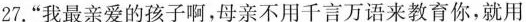
27.”我最亲爱的孩子啊，母亲不用千言万语来教育你，就用